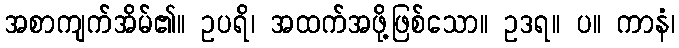
အစာကျက်အိမ်၏။ ဥပရိ၊ အထက်အဖို့ဖြစ်သော။ ဥဒရ။ ပ။ ကာနံ၊